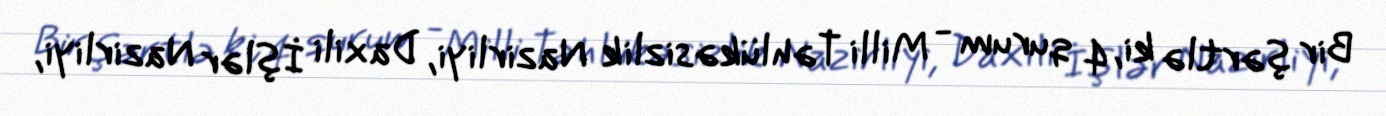
Bir şərtlə ki, 4 qurum - Milli Təhlükəsizlik Nazirliyi, Daxili İşlər Nazirliyi,